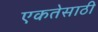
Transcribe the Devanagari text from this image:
एकतेसाठी